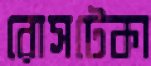
রোসটেকা